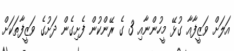
އަލަށް ވަޒީފާއާ ގުޅޭ މީހުންނާއި 3 ގެ ރޭންކުން ފެށިގެން ދަށުގެ ވަޒީފާތަކަށް